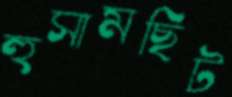
হুসামছিট